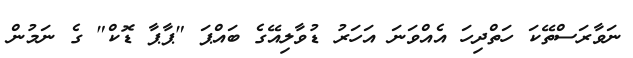
ނަވާރަސްތޭކަ ހަތްދިހަ އެއްވަނަ އަހަރު ޑުވާލިއޭގެ ބައްޕަ "ޕާޕާ ޑޮކް" ގެ ނަމުން